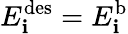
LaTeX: E_{\mathbf{i}}^{\mathrm{{{des}}}}=E_{\mathbf{i}}^{\mathrm{{{b}}}}